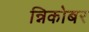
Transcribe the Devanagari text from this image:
न्निकोबर